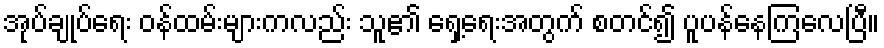
အုပ်ချုပ်ရေး ဝန်ထမ်းများကလည်း သူ၏ ရှေ့ရေးအတွက် စတင်၍ ပူပန်နေကြလေပြီ။